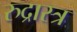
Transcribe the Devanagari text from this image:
रुद्रास्त्र